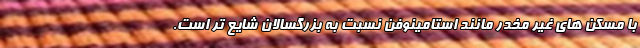
با مسکن های غیر مخدر مانند استامینوفن نسبت به بزرگسالان شایع تر است.